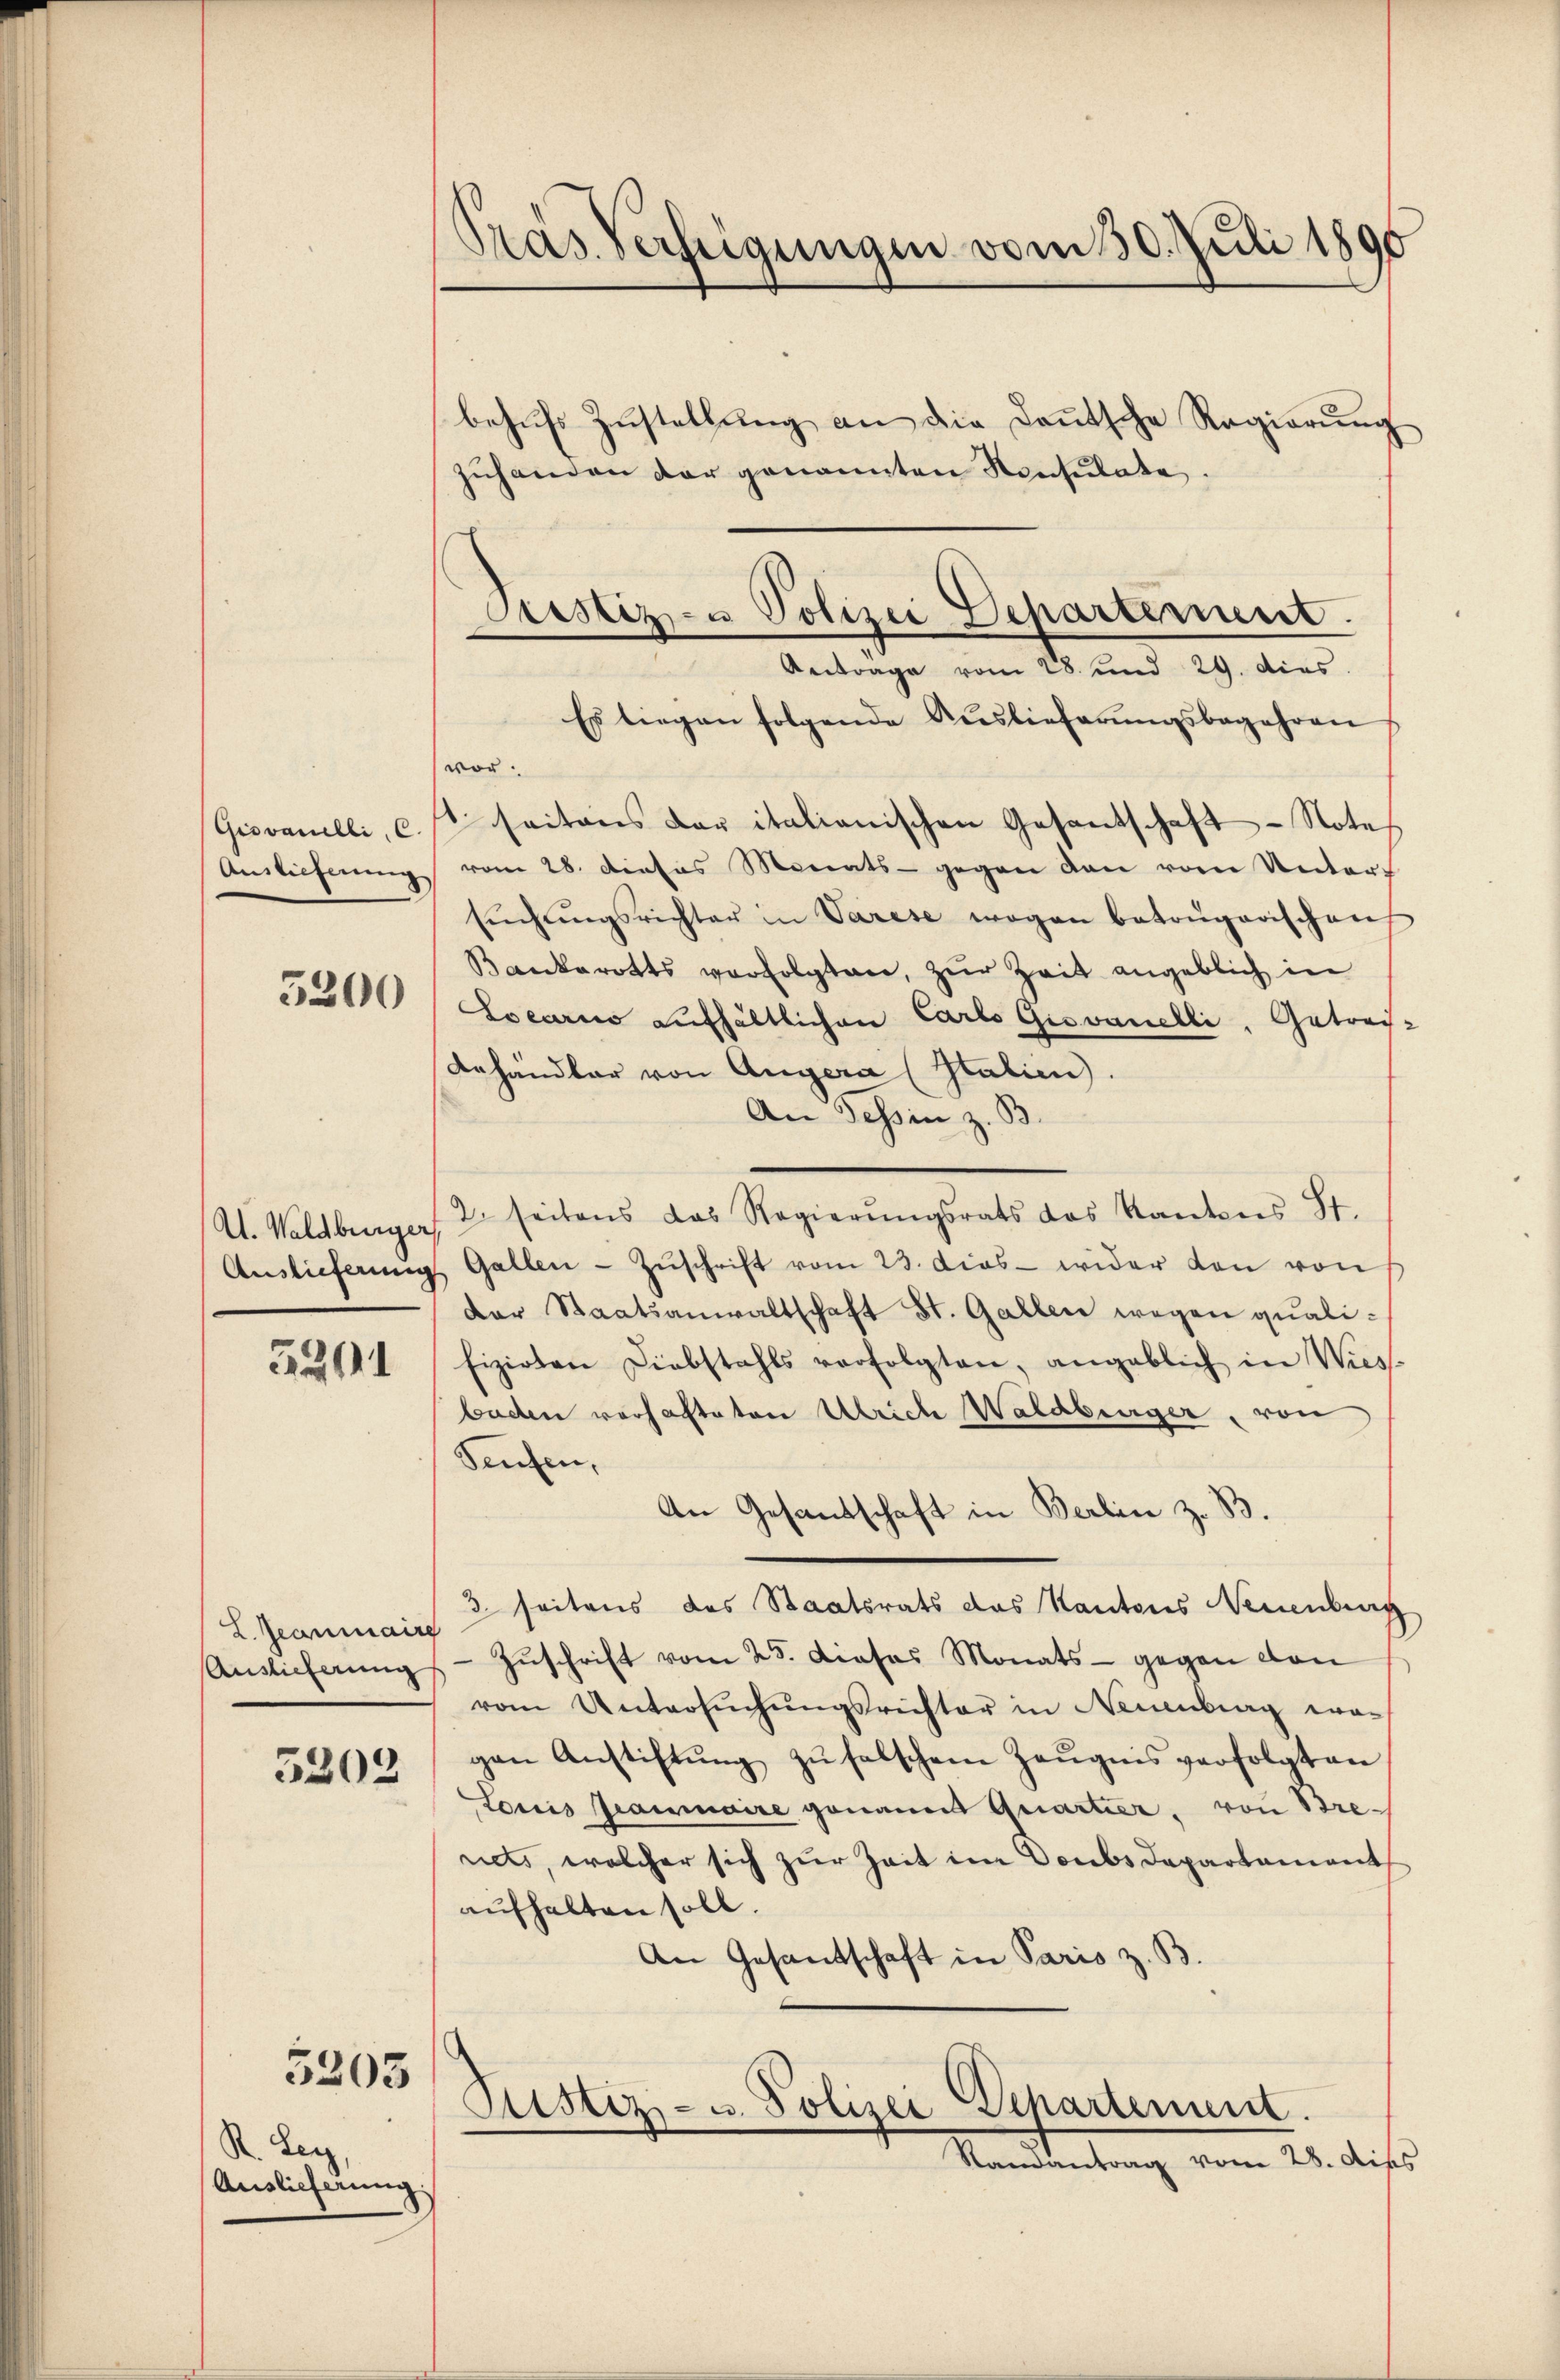
Pras Verfügungen vom 30. Juli 1890
behŭfs Zustellŭng an die dantsche Regierung
zuhanden der genannten Konsulate.

vor.
seitens der italianischen Gesantschaft - Note
vom 28. Dieses Monats gegen den von Unter-
sŭchŭngsrichter in Varese wegen betrügerischen
Bankerotts verfolgten, zur Zeit angeblich in
Locarno aufhältlichen Carlo Gisvanelli, Getrei
Anhandler von Angera (Italien).
An Schin z. B.
2. seitens das Regierŭngsrats das Kantons St.
Gallen - Zŭschrift vom 23. dies wider den von
Der Staatsanwaltschaft St. Gallen wegen qualifizirten Diebstahls verfolgten, angeblich in Wies-
baden verhafteten Ulrich Waldberger, von
Seufen,
An Gesandschaft in Berlin z. B.
3 seitens des Staatsrats das Kantons Neuenburg
Zŭschrift vom 25. Dieses Monats - gegen von
vom Untersŭchŭngsrichter in Neuenburg wo-
gen Anstiftŭng zŭ falschem Zeŭgnis verfolgten
Loris Grammaire genauen Quartier, von Brenets, welcher sich zur Zeit im Doubs Departement
aufhalten soll.
An Gesandschaft in Paris z. B.

Justiz- u Polizei Departement.
Antrage vom 28. und 29. Dies
Es liegen folgende Auslieferŭngsbegehren

Giovanelli, C.
Auslieferung

3200

A. Waldberger,
Auslieferung

5291

L. Reammaire
Auslieferung

5302

Ristiz- u. Polizei-Departement.
Randantrag vom 28. dies

5203

St. Lenz
Auslieferung